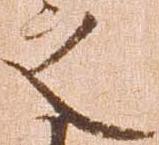
之